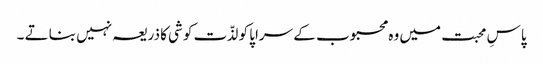
پاسِ محبت میں وہ محبوب کے سراپا کو لذّت کوشی کا ذریعہ نہیں بناتے ۔